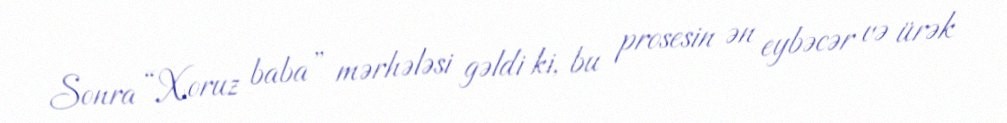
Sonra “Xoruz baba” mərhələsi gəldi ki, bu prosesin ən eybəcər və ürək